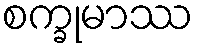
စက္ခုမာဿ